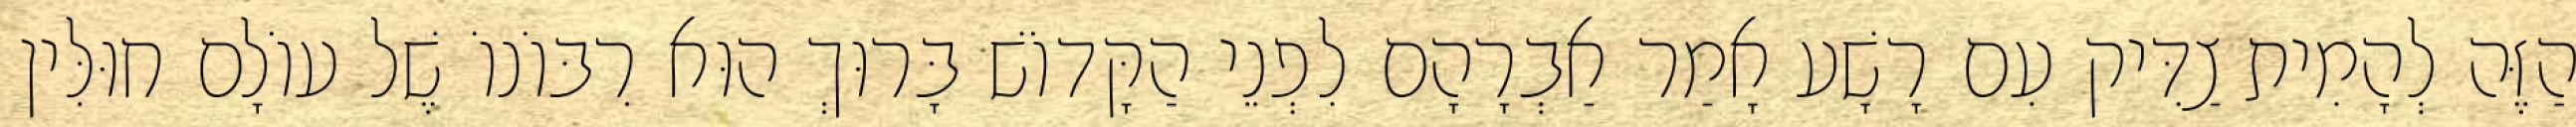
הַזֶּה לְהָמִית צַדִּיק עִם רָשָׁע אָמַר אַבְרָהָם לִפְנֵי הַקָּדוֹשׁ בָּרוּךְ הוּא רִבּוֹנוֹ שֶׁל עוֹלָם חוּלִּין